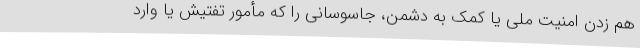
هم‌ زدن امنیت ملی یا کمک به دشمن، جاسوسانی را که مأمور تفتیش یا وارد